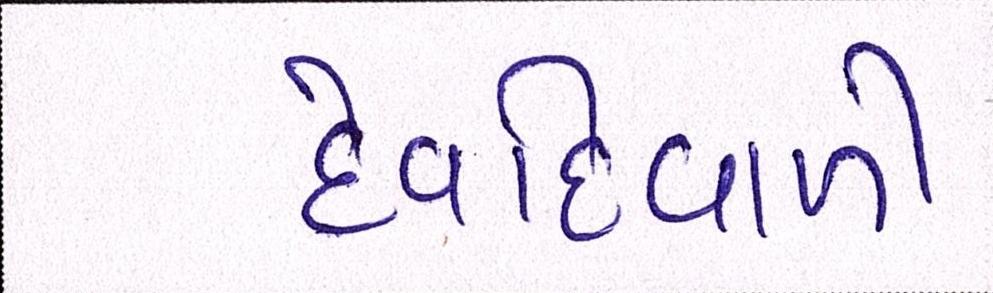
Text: દેવદિવાળી